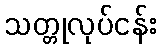
သတ္တုလုပ်ငန်း